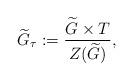
LaTeX: \begin{align*}\widetilde{G}_\tau := \frac{\widetilde G \times T}{Z(\widetilde{G})} ,\end{align*}